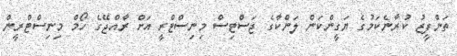
ތަންފީޒު ކުރާނެކަމުގެ ޔަގީންކަން ލަންކާގެ ޖަސްޓިސް މިނިސްޓްރީ އަށް ރާއްޖޭގެ ހޯމް މިނިސްޓްރީން